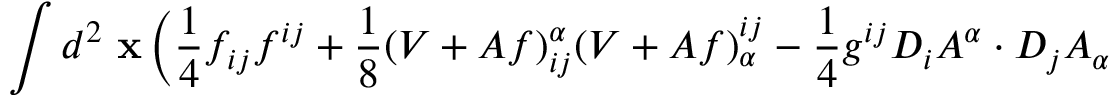
\int d ^ { 2 } \mathrm { \bf ~ x } \, \Big ( \frac { 1 } { 4 } f _ { i j } f ^ { i j } + \frac { 1 } { 8 } ( V + A f ) _ { i j } ^ { \alpha } ( V + A f ) _ { \alpha } ^ { i j } - \frac { 1 } { 4 } g ^ { i j } D _ { i } A ^ { \alpha } \cdot D _ { j } A _ { \alpha }